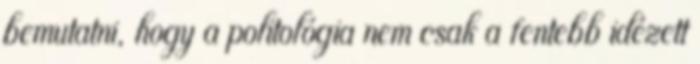
bemutatni, hogy a politológia nem csak a fentebb idézett